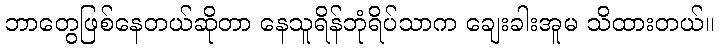
ဘာတွေဖြစ်နေတယ်ဆိုတာ နေသူရိန်ဘုံရိပ်သာက ချေးခါးအူမ သိထားတယ်။